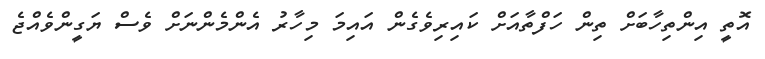
އޮތީ އިންތިހާބަށް ތިން ހަފްތާއަށް ކައިރިވެގެން އައިމަ މިހާރު އެންމެންނަށް ވެސް ޔަގީންވެއްޖެ